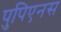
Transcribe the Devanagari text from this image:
पुपिएनस